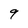
Character: q